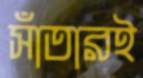
সাঁতারই